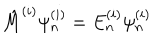
{ \hat { M } } ^ { ( i ) } \psi _ { n } ^ { ( i ) } = E _ { n } ^ { ( i ) } \psi _ { n } ^ { ( i ) }